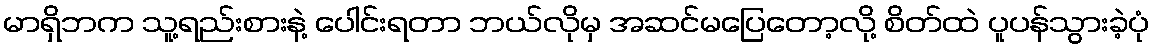
မာရှိဘက သူ့ရည်းစားနဲ့ ပေါင်းရတာ ဘယ်လိုမှ အဆင်မပြေတော့လို့ စိတ်ထဲ ပူပန်သွားခဲ့ပုံ